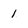
Character: 1